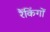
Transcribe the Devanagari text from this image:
रैंकिंगों